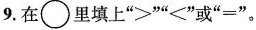
9.在\circ里填上“＞”“＜”或“=”。